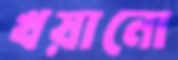
খয়ানো